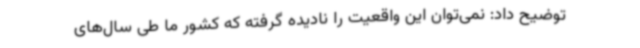
توضیح داد: نمی‌توان این واقعیت را نادیده گرفته که کشور ما طی سال‌های